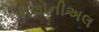
કોલોનીઅલ